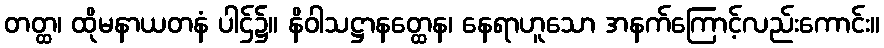
တတ္ထ၊ ထိုမနာယတနံ ပါဌ်၌။ နိဝါသဋ္ဌာနတ္ထေန၊ နေရာဟူသော အနက်ကြောင့်လည်းကောင်း။